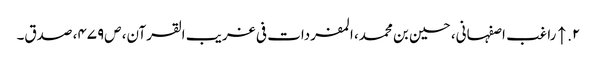
۲. ↑ راغب اصفہانی، حسین بن محمد، المفردات فی غریب القرآن، ص‌۴۷۹، صدق۔